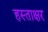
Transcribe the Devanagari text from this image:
हस्‍ताक्षर